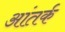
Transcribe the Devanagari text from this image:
आंतर्क